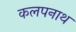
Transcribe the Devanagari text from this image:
कलपनाथ